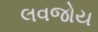
લવજોય